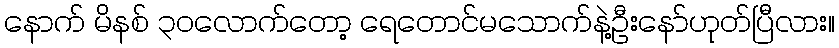
နောက် မိနစ် ၃၀လောက်တော့ ရေတောင်မသောက်နဲ့ဦးနော်ဟုတ်ပြီလား။